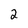
Character: 2